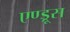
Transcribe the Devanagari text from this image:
एण्ड्रूस